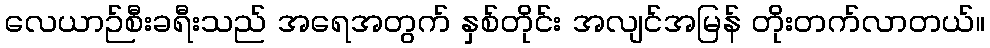
လေယာဉ်စီးခရီးသည် အရေအတွက် နှစ်တိုင်း အလျင်အမြန် တိုးတက်လာတယ်။